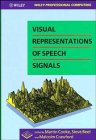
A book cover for Visual Representations of Speech Signals (Wiley Professional Computing); Computers & Technology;